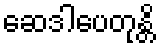
ဆေဒါပေတုန္တိ